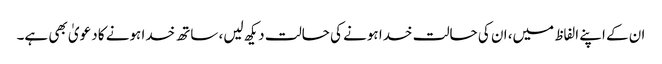
ان کے اپنے الفاظ میں، ان کی حالت خدا ہونے کی حالت دیکھ لیں، ساتھ خدا ہونے کا دعویٰ بھی ہے۔